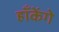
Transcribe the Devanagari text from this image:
हाँकेंगे